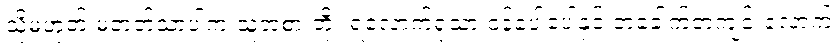
သို့မဟုတ် မတတ်သာပါက သူ့အစာ ဘိုး ရလောက်ရုံသာ ဝန်ပေါ့ပေါ့နှင့် တခေါက်တကျင်းလောက်